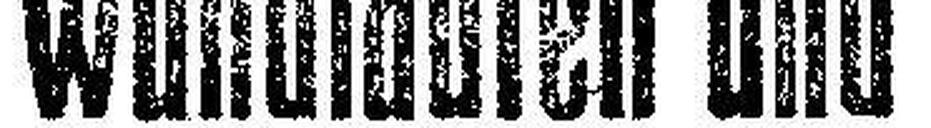
Wundlaufen und